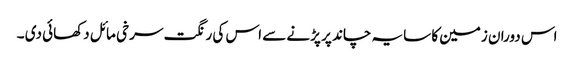
اس دوران زمین کا سایہ چاند پر پڑنے سے اس کی رنگت سرخی مائل دکھائی دی ۔